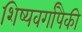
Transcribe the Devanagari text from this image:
शिष्यवर्गापैकी